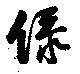
綠